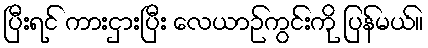
ပြီးရင် ကားငှားပြီး လေယာဉ်ကွင်းကို ပြန်မယ်။